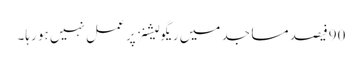
90فیصد مساجد میں ریگولیشنز پر عمل نہیں ہو رہا۔